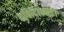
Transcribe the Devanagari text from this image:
छविदिलवाई।